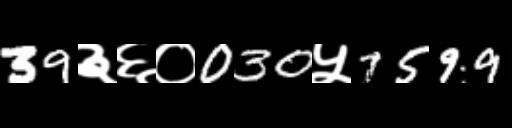
Text: 39३६०030५7599